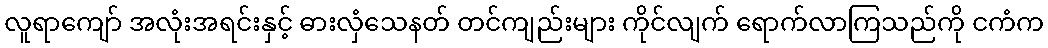
လူရာကျော် အလုံးအရင်းနှင့် ဓားလှံသေနတ် တင်ကျည်းများ ကိုင်လျက် ရောက်လာကြသည်ကို ငကံက